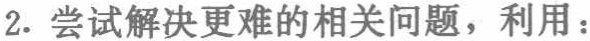
2. 尝试解决更难的相关问题，利用：